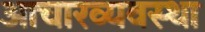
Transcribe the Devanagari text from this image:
आचारव्यवस्था